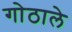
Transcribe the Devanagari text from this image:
गोठाले